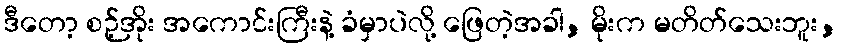
ဒီတော့ စဉ့်အိုး အကောင်းကြီးနဲ့ ခံမှာပဲလို့ ဖြေတဲ့အခါ, မိုးက မတိတ်သေးဘူး,